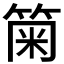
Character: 𥮫